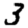
Digit: 3